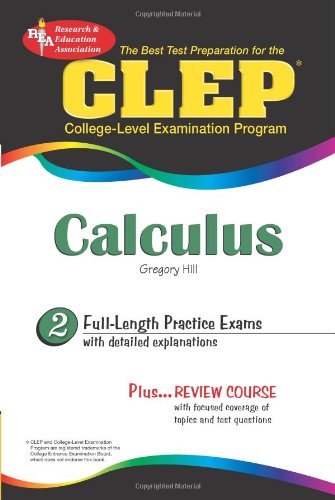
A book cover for CLEPÂ® Calculus (CLEP Test Preparation); Gregory Hill; Test Preparation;